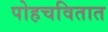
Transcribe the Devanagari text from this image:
पोहचवितात